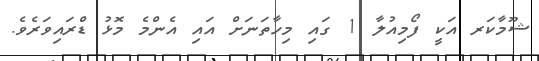
ޝޫމާކަރ އަކީ ފޯމިއުލާ 1 ގައި މިހާތަނަށް އައި އެންމެ މޮޅު ޑްރައިވަރެވެ.